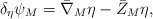
\begin{align*}\delta_{\eta}\psi_{M}={\bar{\nabla}}_{M}\eta-{\bar{Z}}_{M}\eta ,\end{align*}